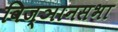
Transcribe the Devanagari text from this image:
विज्ञानसभा